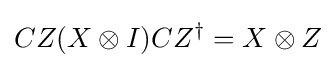
CZ(X\otimes I)CZ^{\dagger }=X\otimes Z